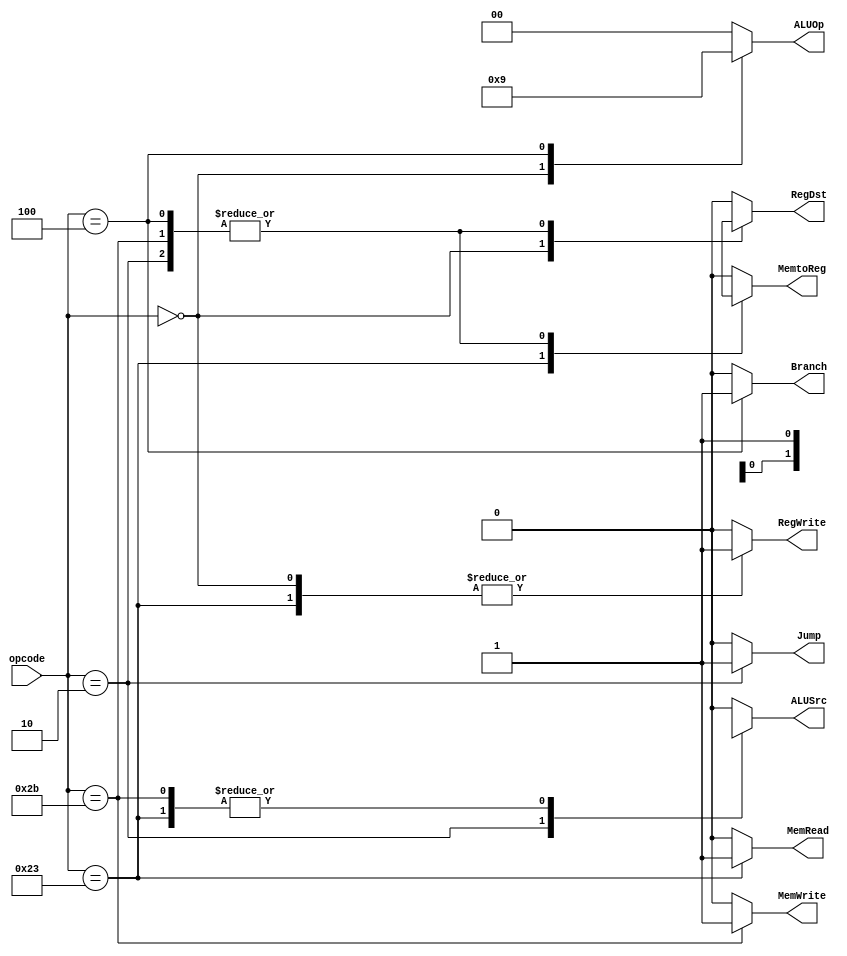
//-----------------------------------------------------------------------------
// Title         : MIPS Single-Cycle Control Unit
// Project       : ECE 313 - Computer Organization
//-----------------------------------------------------------------------------
// Organization  : Lafayette College
//
//-----------------------------------------------------------------------------
// Description :
//   Control unit for the MIPS pipelined  processor implementation described
//   Section 6.3 of "Computer Organization and Design, 3rd ed."
//   by David Patterson & John Hennessey, Morgan Kaufmann, 2004 (COD3e).
//
//   It implements the function specified in Figure 6.25 on p. 401 of COD3e.
//
//-----------------------------------------------------------------------------

module control_pipeline(opcode, RegDst, ALUSrc, MemtoReg, RegWrite, MemRead, MemWrite, Branch, ALUOp, Jump);
    input [5:0] opcode;
    output RegDst, ALUSrc, MemtoReg, RegWrite, MemRead, MemWrite, Branch, Jump;
    output [1:0] ALUOp;
    reg    RegDst, ALUSrc, MemtoReg, RegWrite, MemRead, MemWrite, Branch, Jump;
    reg    [1:0] ALUOp;

    parameter R_FORMAT = 6'd0;
    parameter J = 6'd2;
    parameter LW = 6'd35;
    parameter SW = 6'd43;
    parameter BEQ = 6'd4;

    always @(opcode)
    begin
        case (opcode)
          R_FORMAT :
          begin
              RegDst=1'b1; ALUSrc=1'b0; MemtoReg=1'b0; RegWrite=1'b1; MemRead=1'b0;
              MemWrite=1'b0; Branch=1'b0; ALUOp = 2'b10; Jump=1'b0;
          end
          J :
          begin
              RegDst=1'bx; ALUSrc=1'bx; MemtoReg=1'bx; RegWrite=1'b0; MemRead=1'b0;
              MemWrite=1'b0; Branch=1'b0; ALUOp = 2'b00; Jump=1'b1;
          end
          LW :
          begin
              RegDst=1'b0; ALUSrc=1'b1; MemtoReg=1'b1; RegWrite=1'b1; MemRead=1'b1;
              MemWrite=1'b0; Branch=1'b0; ALUOp = 2'b00; Jump=1'b0;
          end
          SW :
          begin
              RegDst=1'bx; ALUSrc=1'b1; MemtoReg=1'bx; RegWrite=1'b0; MemRead=1'b0;
              MemWrite=1'b1; Branch=1'b0; ALUOp = 2'b00; Jump=1'b0;
          end
          BEQ :
          begin
              RegDst=1'bx; ALUSrc=1'b0; MemtoReg=1'bx; RegWrite=1'b0; MemRead=1'b0;
              MemWrite=1'b0; Branch=1'b1; ALUOp = 2'b01; Jump=1'b0;
          end
          default
          begin
              $display("control_single unimplemented opcode %d", opcode);
              RegDst=1'b0; ALUSrc=1'b0; MemtoReg=1'b0; RegWrite=1'b0; MemRead=1'b0;
              MemWrite=1'b0; Branch=1'b0; ALUOp = 2'b00; Jump=1'b0;
          end
        endcase
    end
endmodule